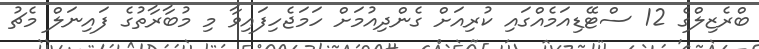
ބްރެޒިލްގެ 12 ސްޓޭޑިއަމެއްގައި ކުރިއަށް ގެންދިއުމަށް ހަމަޖެހިފައިވާ މި މުބާރާތުގެ ފައިނަލް މެޗު